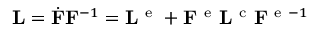
{ \bf L } = \dot { { \bf F } } { \bf F } ^ { - 1 } = { \bf L } ^ { \mathrm { ~ e ~ } } + { \bf F } ^ { \mathrm { ~ e ~ } } { \bf L } ^ { \mathrm { ~ c ~ } } { \bf F } ^ { \mathrm { ~ e ~ } - 1 }